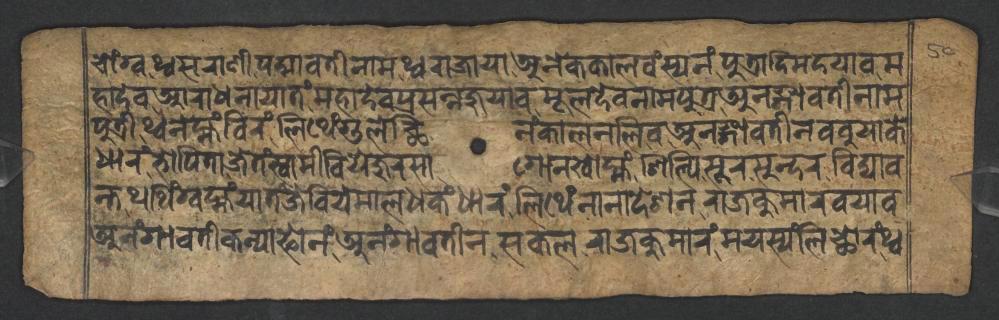
𑐔𑑀𑑄𑐐𑑂𑐰𑐠𑑂𑐰𑐳𑐬𑐵𑐞𑐷𑐥𑐡𑑂𑐩𑐵𑐰𑐟𑐷𑐣𑐵𑐩𑐠𑑂𑐰𑐬𑐵𑐖𑐵𑐫𑐵𑐀𑐣𑐾𑐎𑐎𑐵𑐮𑐰𑑄𑐳𑑂𑐫𑐣𑑄𑐥𑐸𑐟𑑂𑐬𑐵𑐡𑐶𑐩𑐡𑐫𑐵𑐰𑐩 𑐴𑐵𑐡𑐾𑐰𑐁𑐬𑐵𑐢𑐣𑐵𑐫𑐵𑐟𑑄𑐩𑐴𑐵𑐡𑐾𑐰𑐥𑑂𑐬𑐳𑐣𑑂𑐣𑐖𑐸𑐫𑐵𑐰𑐩𑐹𑐮𑐡𑐾𑐰𑐣𑐵𑐩𑐥𑐸𑐟𑑂𑐬𑐀𑐣𑐒𑑂𑐐𑐵𑐰𑐟𑐷𑐣𑐵𑐩 𑐥𑐸𑐟𑑂𑐬𑐷𑐠𑑂𑐰𑐣𑐾𑐩𑑂𑐴𑑄𑐧𑐶𑐬𑑄𑐮𑐶𑐠𑐾𑑄𑐐𑐸𑐮𑐾𑐕𑐶𑐣𑑄𑐎𑐵𑐮𑐣𑐮𑐶𑐰𑐀𑐣𑐒𑑂𑐐𑐰𑐟𑐷𑐣𑐧𑐧𑐸𑐫𑐵𑐎𑐾 𑐢𑐵𑐬𑑄𑐨𑑀𑐥𑐶𑐟𑐵𑐖𑐾𑐟𑑄𑐳𑑂𑐰𑐵𑐩𑐷𑐧𑐶𑐫𑐾𑐖𑐸𑐬𑐳𑐵𑐐𑑀𑐣𑐏𑑀𑐩𑑂𑐴𑑄𑐱𑐶𑐮𑑂𑐥𑐶𑐳𑐹𑐬𑐳𑐸𑐣𑑂𑐡𑐬𑐰𑐶𑐡𑑂𑐫𑐵𑐰 𑐣𑑂𑐟𑐠𑐠𑐶𑑄𑐐𑑂𑐰𑐩𑑂𑐴𑑄𑐫𑐵𑐟𑑄𑐖𑐾𑐧𑐶𑐫𑐾𑐩𑐵𑐮𑐢𑐎𑑄𑐢𑐵𑐬𑑄𑐮𑐶𑐠𑐾𑑄𑐣𑐵𑐣𑐵𑐡𑐾𑐱𑐣𑐬𑐵𑐖𑐎𑐸𑐩𑐵𑐬𑐰𑐫𑐵𑐰 𑐀𑐣𑑄𑐐𑐵𑐰𑐟𑐷𑐎𑐣𑑂𑐫𑐵𑐦𑑀𑐣𑑄𑐀𑐣𑑄𑐐𑐵𑐰𑐟𑐷𑐣𑐳𑐎𑐮𑐬𑐵𑐖𑐎𑐸𑐩𑐵𑐬𑑄𑐩𑐫𑐳𑑂𑐫𑑄𑐮𑐶𑐕𑑀𑐬𑑄𑐠𑑂𑐰